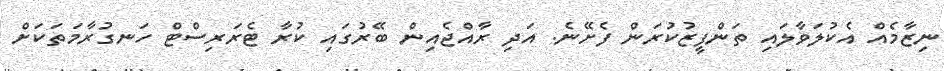
ނިޒާމެއް އެކުލަވާލައި ތަންފީޒުކުރަން ފެށޭނެ. އަދި ރާއްޖެއިން ބޭރުގައި ކުރާ ޓެރަރިސްޓް ހަނގުރާމަތަކަށް